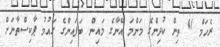
ރެހަމް 41 ތިން ކުދިންގެ މަންމަ އޭނާގެ މައިން ބަފައިންގެ ގައުމު ޕާކިސްތާނަށް